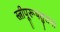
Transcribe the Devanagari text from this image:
स्त्रीपूरूषतुलना